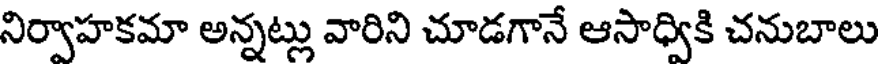
నిర్వాహకమా అన్నట్లు వారిని చూడగానే ఆసాధ్వికి చనుబాలు